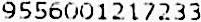
9556001217233